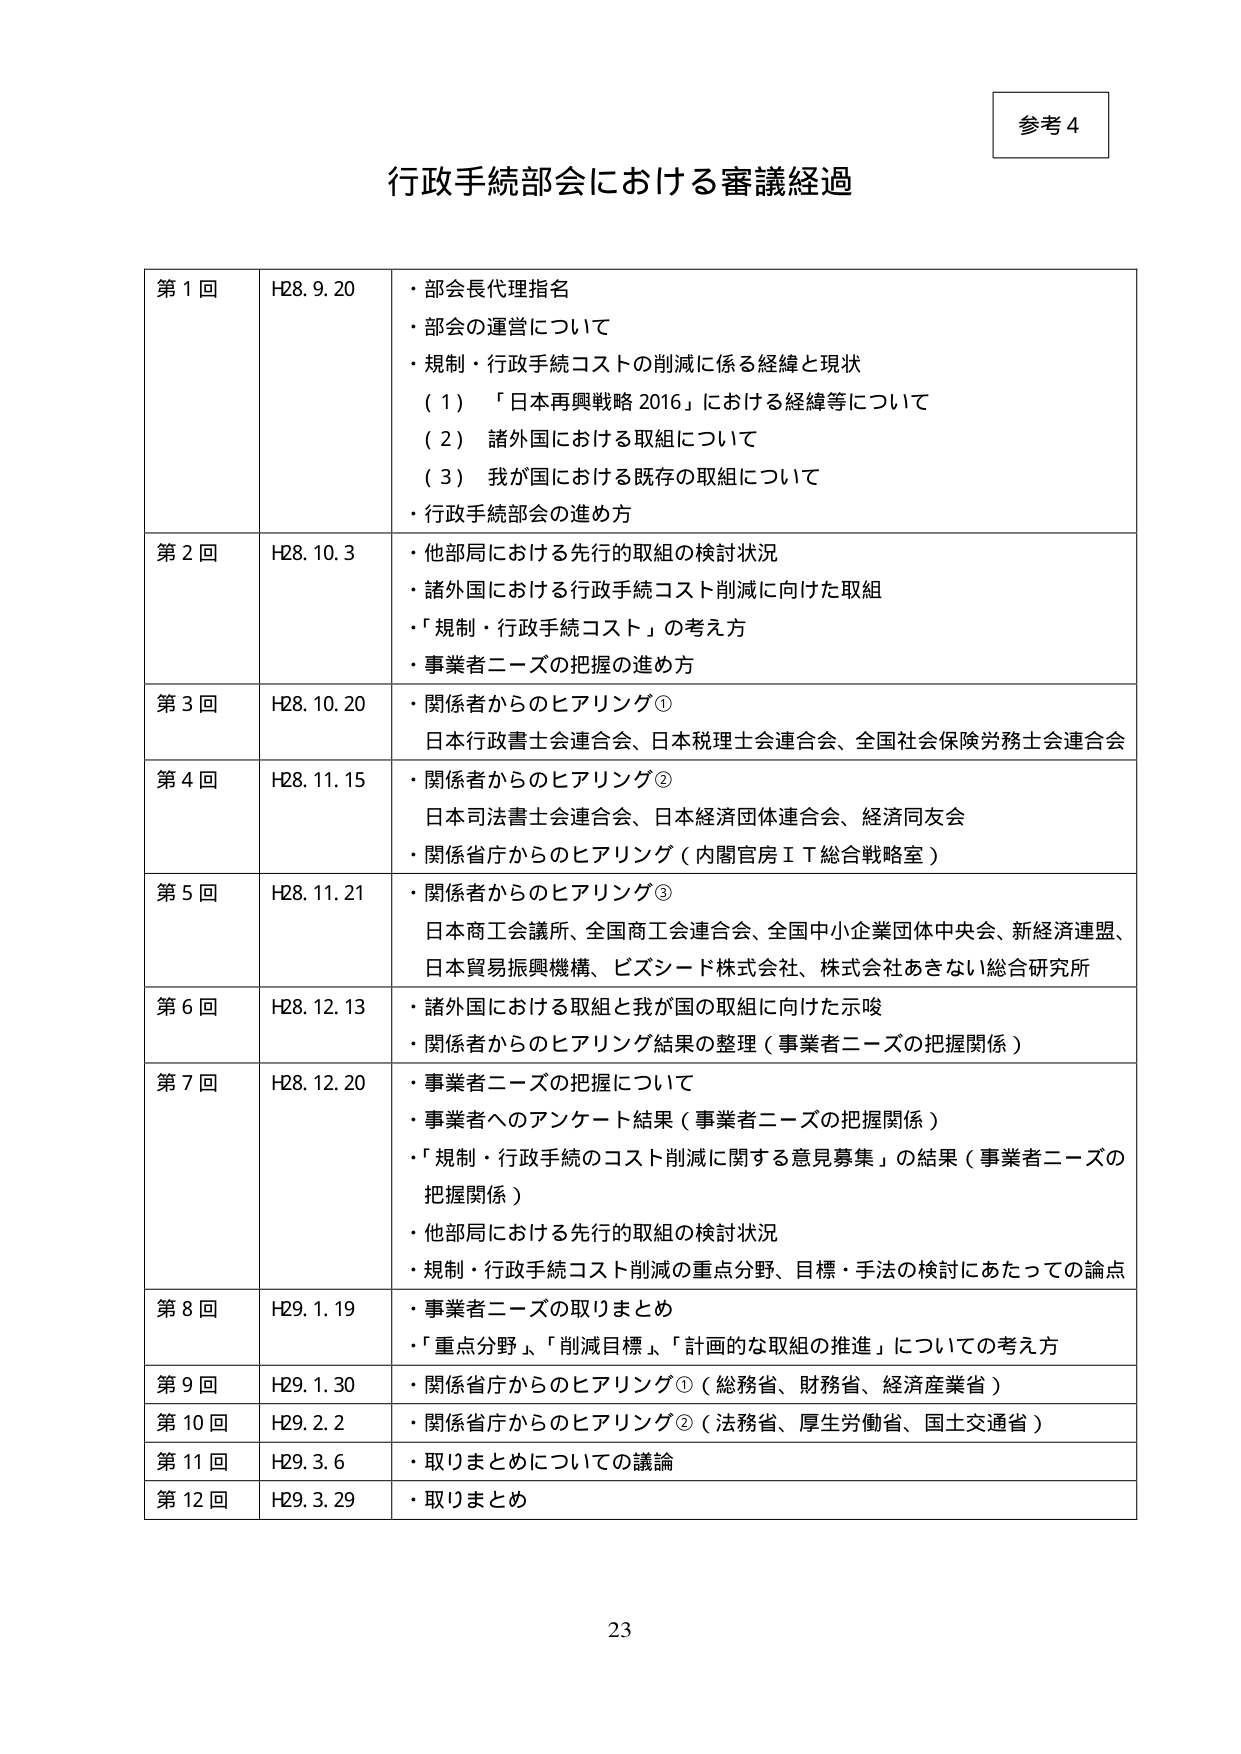
参考4

行政手続部会における審議経過

第1回 H28.9.20
・部会長代理指名
・部会の運営について
・規制・行政手続コストの削減に係る経緯と現状
（1）「日本再興戦略2016」における経緯等について
（2）諸外国における取組について
（3）我が国における既存の取組について
・行政手続部会の進め方

第2回 H28.10.3
・他部局における先行的取組の検討状況
・諸外国における行政手続コスト削減に向けた取組
・「規制・行政手続コスト」の考え方
・事業者ニーズの把握の進め方

第3回 H28.10.20
・関係者からのヒアリング①
日本行政書士会連合会、日本税理士会連合会、全国社会保険労務士会連合会

第4回 H28.11.15
・関係者からのヒアリング②
日本司法書士会連合会、日本経済団体連合会、経済同友会
・関係省庁からのヒアリング（内閣官房ＩＴ総合戦略室）

第5回 H28.11.21
・関係者からのヒアリング③
日本商工会議所、全国商工会連合会、全国中小企業団体中央会、新経済連盟、
日本貿易振興機構、ビズシード株式会社、株式会社あきない総合研究所

第6回 H28.12.13
・諸外国における取組と我が国の取組に向けた示唆
・関係者からのヒアリング結果の整理（事業者ニーズの把握関係）

第7回 H28.12.20
・事業者ニーズの把握について
・事業者へのアンケート結果（事業者ニーズの把握関係）
・「規制・行政手続のコスト削減に関する意見募集」の結果（事業者ニーズの把握関係）
・他部局における先行的取組の検討状況
・規制・行政手続コスト削減の重点分野、目標・手法の検討にあたっての論点

第8回 H29.1.19
・事業者ニーズの取りまとめ
・「重点分野」、「削減目標」、「計画的な取組の推進」についての考え方

第9回 H29.1.30
・関係省庁からのヒアリング①（総務省、財務省、経済産業省）

第10回 H29.2.2
・関係省庁からのヒアリング②（法務省、厚生労働省、国土交通省）

第11回 H29.3.6
・取りまとめについての議論

第12回 H29.3.29
・取りまとめ

23